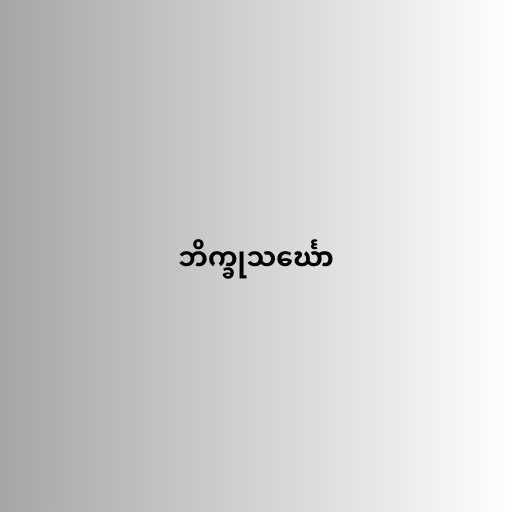
ဘိက္ခုသင်္ဃော